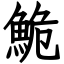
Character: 鮠